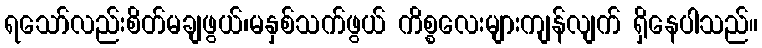
ရသော်လည်းစိတ်မချဖွယ်၊မနှစ်သက်ဖွယ် ကိစ္စလေးများကျန်လျက် ရှိနေပါသည်။